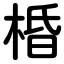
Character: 棔